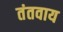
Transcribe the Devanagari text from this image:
तंतवाय